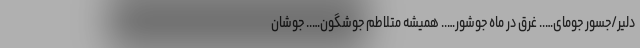
دلیر/جسور جومای….. غرق در ماه جوشور….. همیشه متلاطم جوشگون….. جوشان